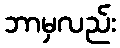
ဘာမှလည်း